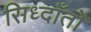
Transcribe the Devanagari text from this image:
सिध्दाँतोँ